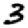
Digit: 3